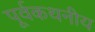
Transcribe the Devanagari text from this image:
पूर्वकथनीय